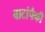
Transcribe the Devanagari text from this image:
वाटांपैकी